King Institute of Preventive Medicine Micro-Biological Section reports 1909-11
Year: 1909
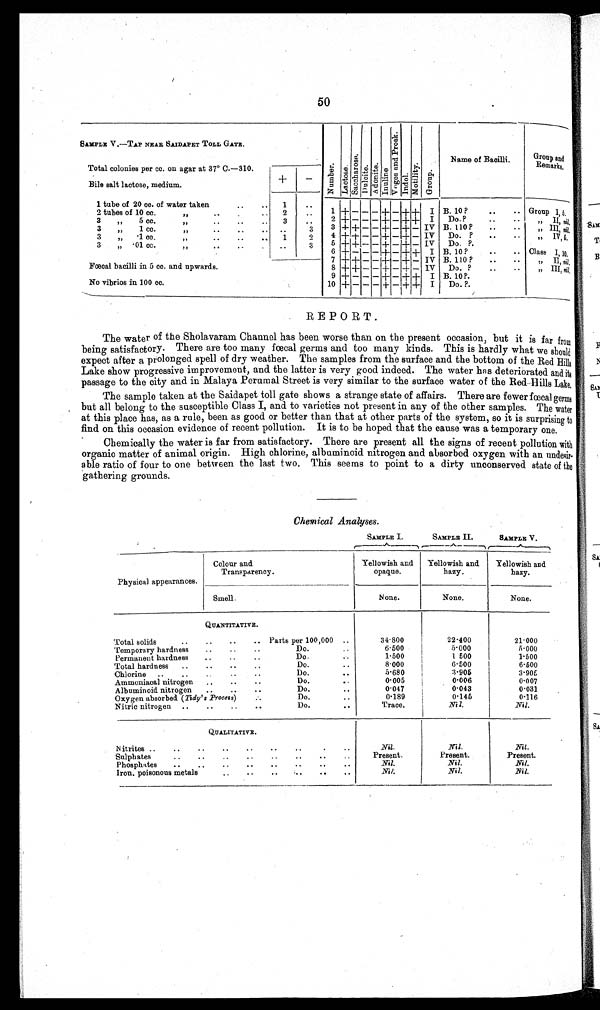
50
SAMPLE V.—TAP NEAR SAIDAPET TOLL GATE.
Number.Lactose.Sacchar os e. Dulcite.Adoni t e.Inuline
V o g e s a n d P r o s k . Indol.Mot i l i t y.Group.
Name of Bacilli.
G r o u p a n d R e m a r k s .
Total colonies per cc. on agar at 37° C.—310.
Bile salt lactose, medium.
+
–
1 tube of 20 cc. of water taken
1
2 tubes of 10 cc. „
2
1 + – – – + – + +
I
B. 10?
Group I, 5.
3 , , 5 c c . , ,
3
2 + − − − +
+ +
I
D o . ?
,, II, nil.
3 ,, 1 cc. ,,
3
3 + + – – + – + –
I V B. 110 ?
,, III, nil.
3 ,, .1 cc. ,,
1
2
4 + + – – + – + –
I V
Do. ?
,, IV, 5.
3 , , . 01 cc. , ,
3
5 + + – – + – + –
I V
D o . ?
6 + – – – + – + +
I B. 10 ?
Class I, 10.
7 + + – – + – + –
I V B. 110 ?
, , I I ,
n i l .
Fœcal bacilli in 5 cc. and upwards.
8 + + – – + – + –
I V
Do. ?
,, III, nil.
9 + – – – + – + +
I B. 10 ?
No vibrios in 100 cc.
1 0 + – – – + – + +
I
D o . ? .
REPORT.
The water of the Sholavaram Channel has been worse than on the present occasion, but it is far
f r o m b e i n g s a t i s f a c t o r y . T h e r e a r e t o o m a n y f œ c a l g e r m s a n d t o o m a n y k i n d s . T h i s i s h a r d l y w h a t w e s h o u l d
expect after a prolonged spell of dry weather. The samples from the surface and the bottom of the Red Hills
Lake show progressive improvement, and the latter is very good indeed. The water has deteriorated and its
passage to the city and in Malaya Perumal Street is very similar to the surface water of the Red Hills Lake.
The sample taken at the Saidapet toll gate shows a strange state of affairs. There are fewer fœcal germs
but all belong to the susceptible Class I, and to varieties not present in any of the other samples. The water
at this place has, as a rule, been as good or better than that at other parts of the system, so it is surprising to
find on this occasion evidence of recent pollution. It is to be hoped that the cause was a temporary one.
Chemically the water is far from satisfactory. There are present all the signs of recent pollution with
organic matter of animal origin. High chlorine, albuminoid nitrogen and absorbed oxygen with an undesir-
able ratio of four to one between the last two. This seems to point to a dirty unconserved state of the
gathering grounds.
Chemical Analyses.
SAMPLE I.
SAMPLE II.
SAMPLE V.
Physical appearances.
Colour and Transparency.
Yellowish and
opaque.
Yellowish and
hazy.
Yellowish and
hazy.
Smell.
None.
None.
None.
QUANTITATIVE.
Total solids
Parts per 100,000
34·800
22·400
21·000
Temporary hardness
Do.
6·5 00
5·000
5·000
Permanent hardness
Do.
1·500
1·500
1·500
Total hardness
Do.
8·000
6·500
6·500
Chlorine
Do.
5·680
3·905
3·905
Ammoni acal ni trogen
Do.
0·005
0·006
0·007
Albuminoid nitrogen
Do.
0·047
0·043
0·031
Oxygen absorbed ( Tidy' s Process)
Do.
0·189
0·145
0·116
Nitric nitrogen
Do.
Trace.
Nil.
Nil.
QUALITATIVE.
Nitrites
Nil.
Nil.
Nil.
Sulphates
Present.
Present.
Present.
Phosphates
Nil.
Nil.
Nil.
Iron. poisonous metals
Nil.
Nil.
Nil.